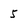
Character: 5